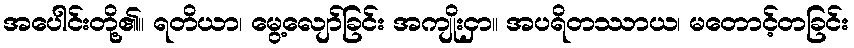
အပေါင်းတို့၏။ ရတိယာ၊ မွေ့လျော်ခြင်း အကျိုးငှာ။ အပရိတဿာယ၊ မတောင့်တခြင်း